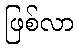
ဖြစ်လာ